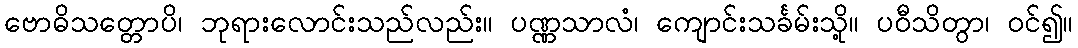
ဗောဓိသတ္တောပိ၊ ဘုရားလောင်းသည်လည်း။ ပဏ္ဏသာလံ၊ ကျောင်းသင်္ခမ်းသို့။ ပဝီသိတွာ၊ ဝင်၍။